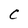
Character: C